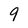
Character: 9